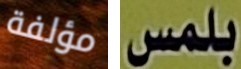
مؤلفة بلمس